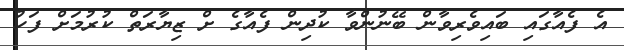
އެ ފެއާގައި ބައިވެރިވާން ބޭނުންވާ ކުދިން ފެއާގެ ށް ޒިޔާރަތް ކުރުމަށް ފަހު